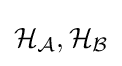
{\mathcal {H_{A}}},{\mathcal {H_{B}}}